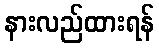
နားလည်ထားရန်